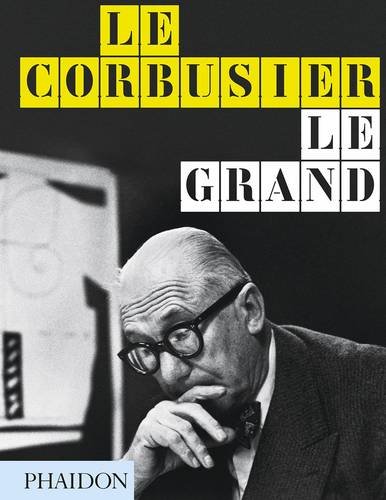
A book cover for Le Corbusier Le Grand: New Format; Jean-Louis Cohen; Arts & Photography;